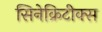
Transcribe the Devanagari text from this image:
सिनेक्रिटीक्स